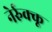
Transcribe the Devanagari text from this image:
नेर्रुक्कू